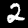
Label: 2